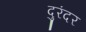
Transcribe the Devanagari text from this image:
दुरंदर